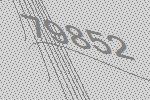
79852